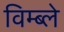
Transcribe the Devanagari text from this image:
विम्ब्ले